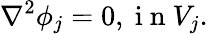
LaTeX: \nabla^{2}\phi_{j}=0,\mathrm{~i~n~}V_{j}.